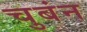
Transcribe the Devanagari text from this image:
चुबंन